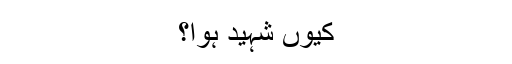
کیوں شہید ہوا؟